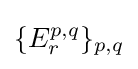
\{E_{r}^{p,q}\}_{p,q}